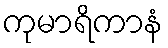
ကုမာရိကာနံ